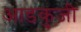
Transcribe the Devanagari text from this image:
आडकुजी